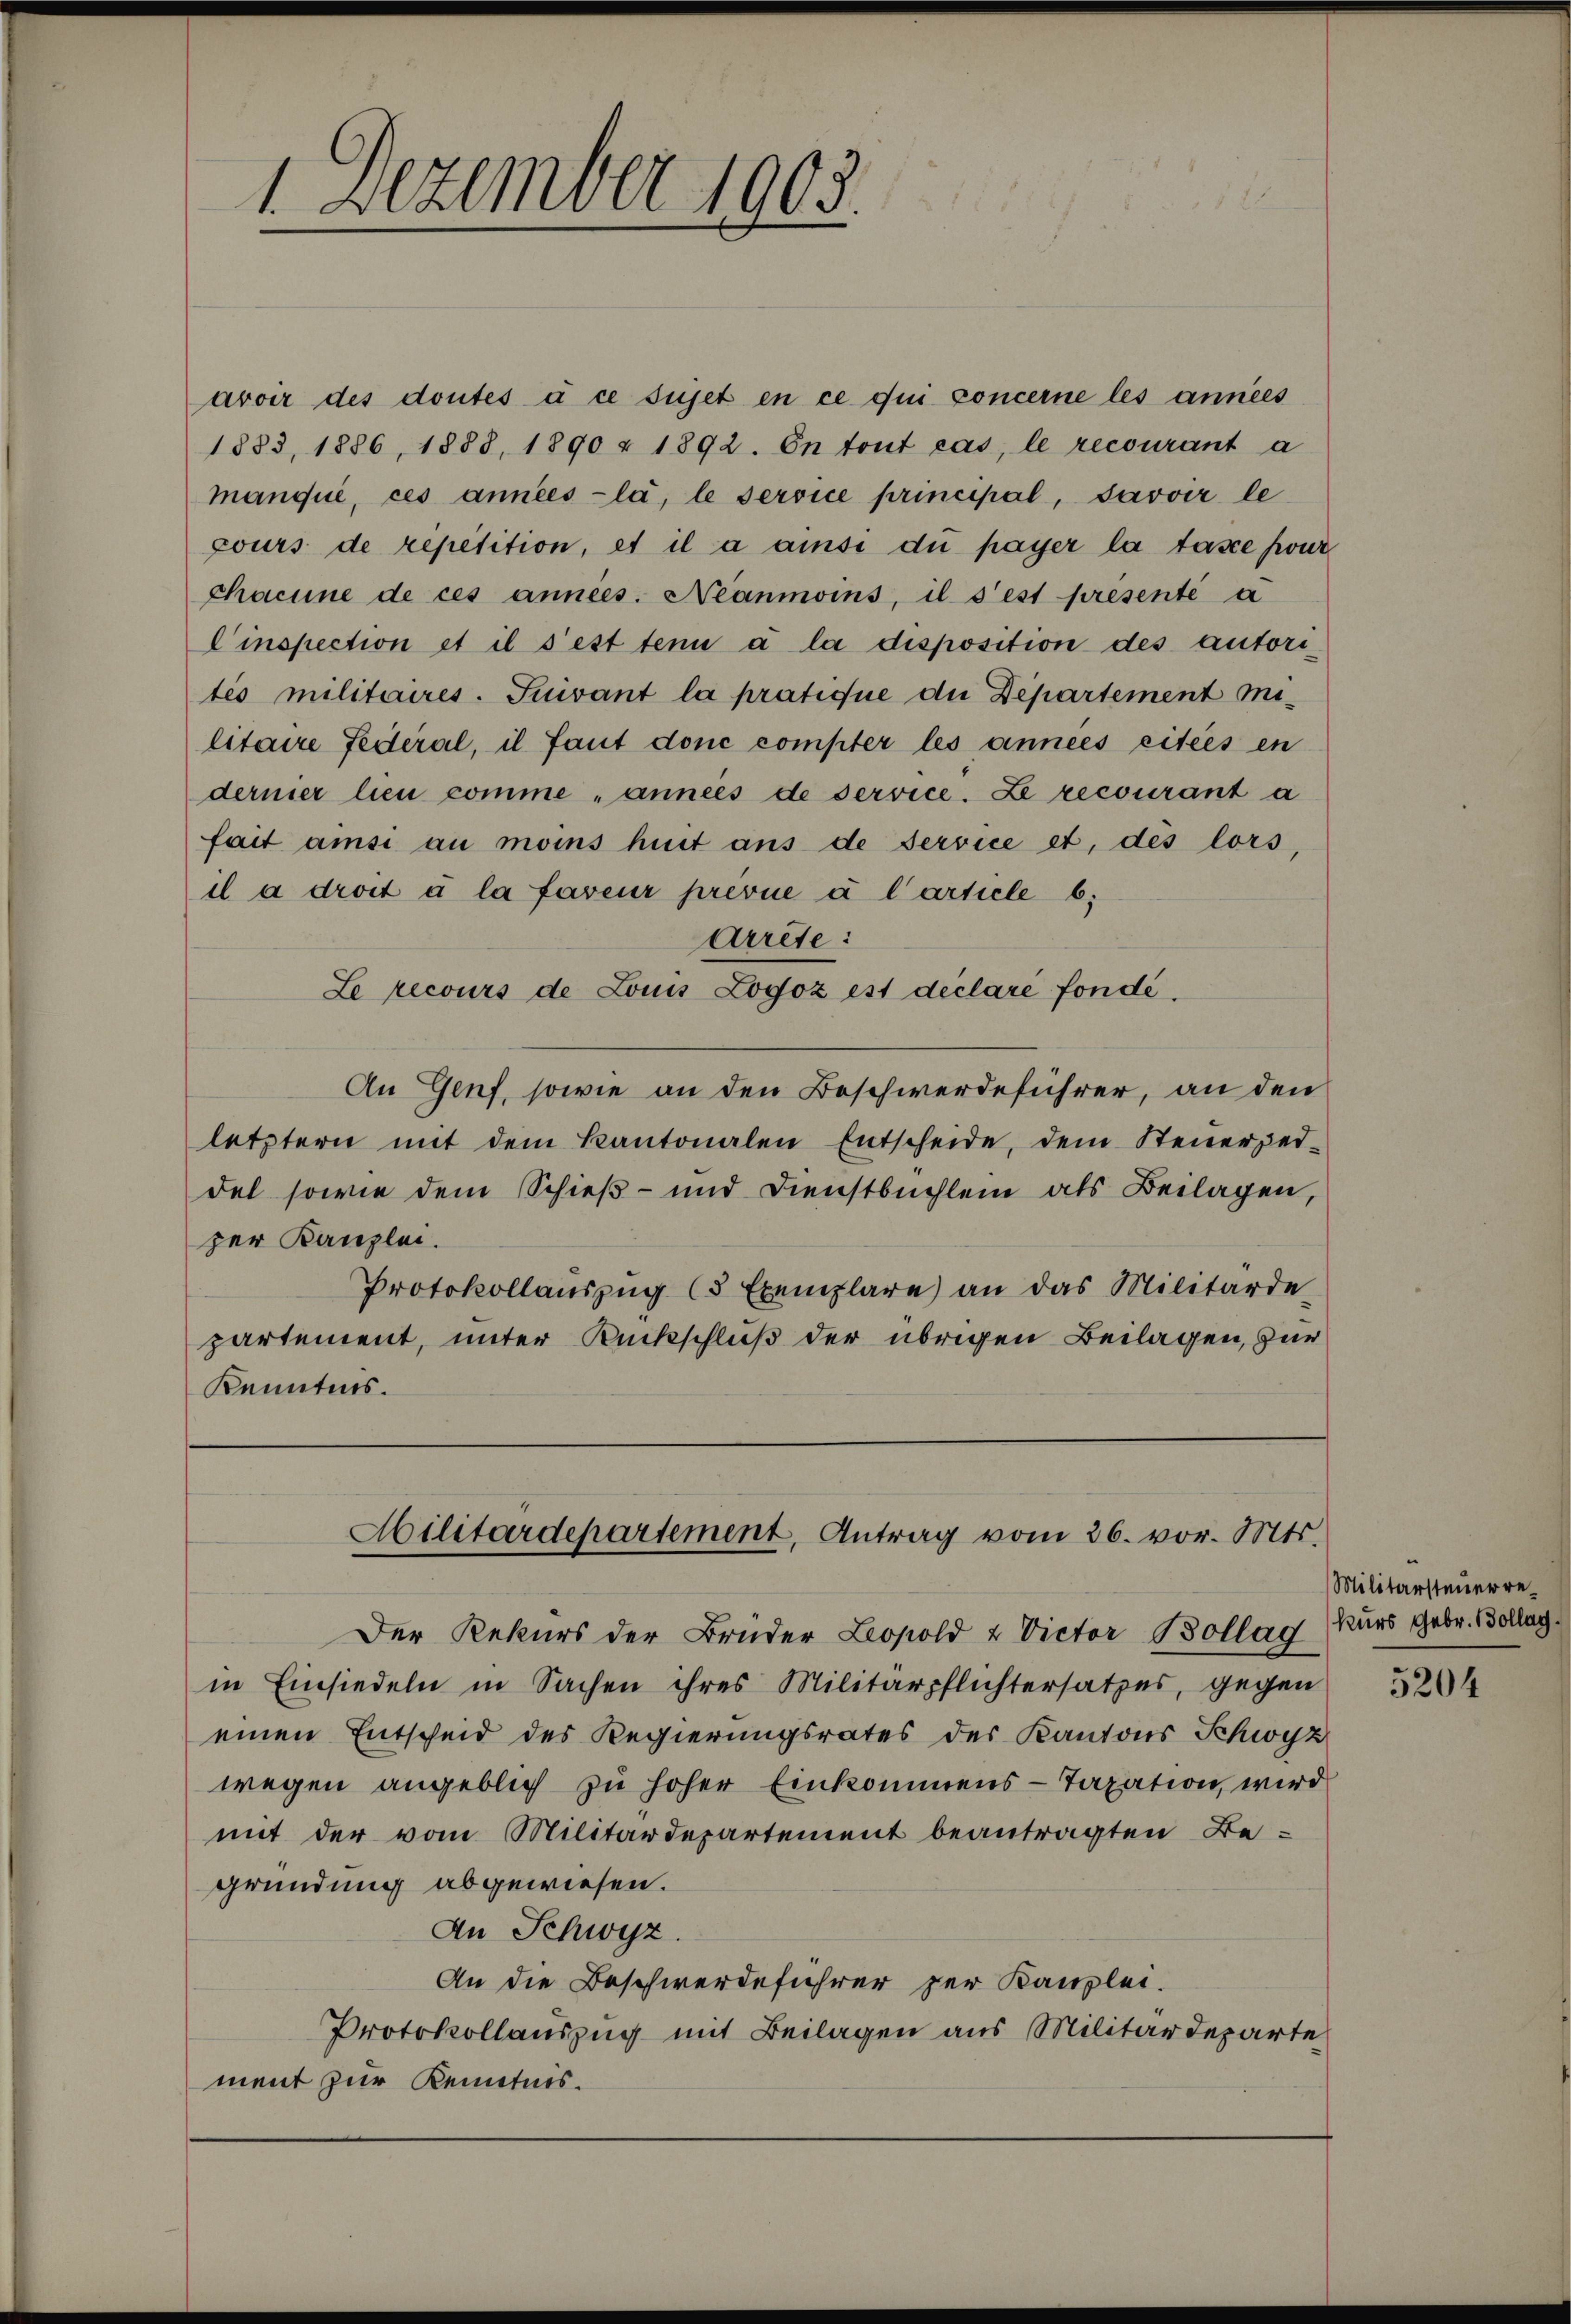
1 Dezember 1903.

avoir des doutes à ce sujet en ce qui concerne les années
1883, 1886, 1883, 1890 u 1892. On tout cas, le recourant a
manque, ces années -la, le service principal, Javoir le
cours de repetition, et il a ause du payer la tasse foui
chacune de ces années. Néanmoins, il s’est presenté à
Cinspection et il s’est tenu à la disposition des autoritio militaires. Suivant la pratique die Departement militaire Federal, il faut donc compter les années citées en
dernier lieu comme „années de service. Le recourant a
fait ansi au moins huit aus de Service et, des lors,
il a droit à la faveur prevue à l’article b
Arrete:
Le recours de Louis Logoz est déclaré fondé¬
An Genf, sowie an den Beschwerdeführer, an den
letztern mit dem Kantonalen Entscheide, dem Steŭerper-
del sowie dem Schieß- und Dienstbuchlein als Beilagen,
zer Kanzlei.
Protokollauszug (5 Exemplare) an das Militärde
partement, unter Rückschluß der übrigen Beilagen, zur
Kenntnis.

Militärdepartement, Antrag vom 26. vor. Mts.

Der Rekurs der Brüder Leopold & Victor Bollag, (Kurs gebr. Bollag
in Einsiedeln in Sachen ihres Militärpflichtersatzes, gegen
einen Entscheid des Regierungsrates des Kantons Schwyz
wegen angeblich zu hoher Einkommens-Taxation wird
mit der vom Militärdepartement beantragten Be-
gründung abgewiesen.
An Schwyz.
An die Beschwerdeführer per Kanzlei.
Protokollauszug mit Beilagen aus Militärdeparte
ment zur Kenntnis.

Militärsteuerre¬

5204